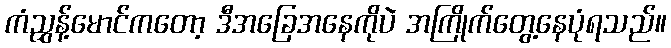
ကံညွှန့်မောင်ကတော့ ဒီအခြေအနေကိုပဲ အကြိုက်တွေ့နေပုံရသည်။